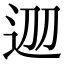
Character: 𨒀